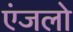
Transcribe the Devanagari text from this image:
एंजलो